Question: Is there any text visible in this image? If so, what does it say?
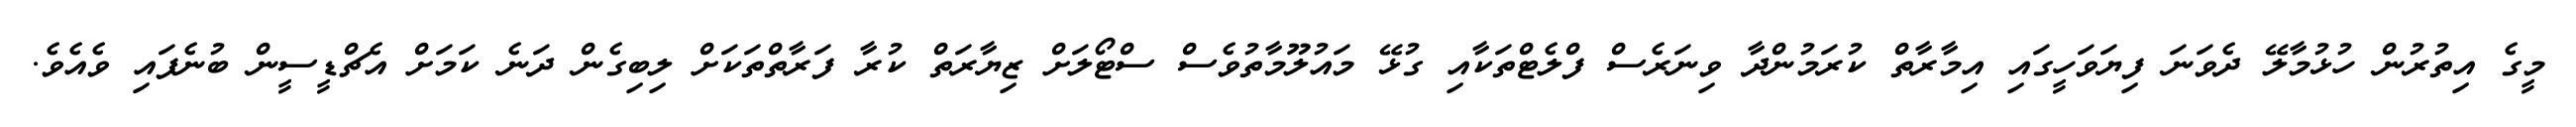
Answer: މީގެ އިތުރުން ހުޅުމާލޭ ދެވަނަ ފިޔަވަހީގައި އިމާރާތް ކުރަމުންދާ ވިނަރެސް ފްލެޓްތަކާއި ގުޅޭ މައުލޫމާތުވެސް ސްޓޯލަށް ޒިޔާރަތް ކުރާ ފަރާތްތަކަށް ލިބިގެން ދަނެ ކަމަށް އެޗްޑީސީން ބުނެފައި ވެއެވެ.